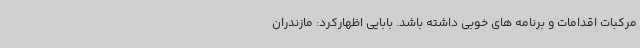
مرکبات اقدامات و برنامه های خوبی داشته باشد. بابایی اظهارکرد: مازندران